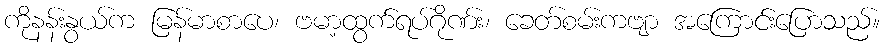
ကိုနန်းနွယ်က မြန်မာစာပေ၊ ဗမာ့ထွက်ရပ်ဂိုဏ်း၊ ခေတ်စမ်းကဗျာ အကြောင်းပြောသည်။